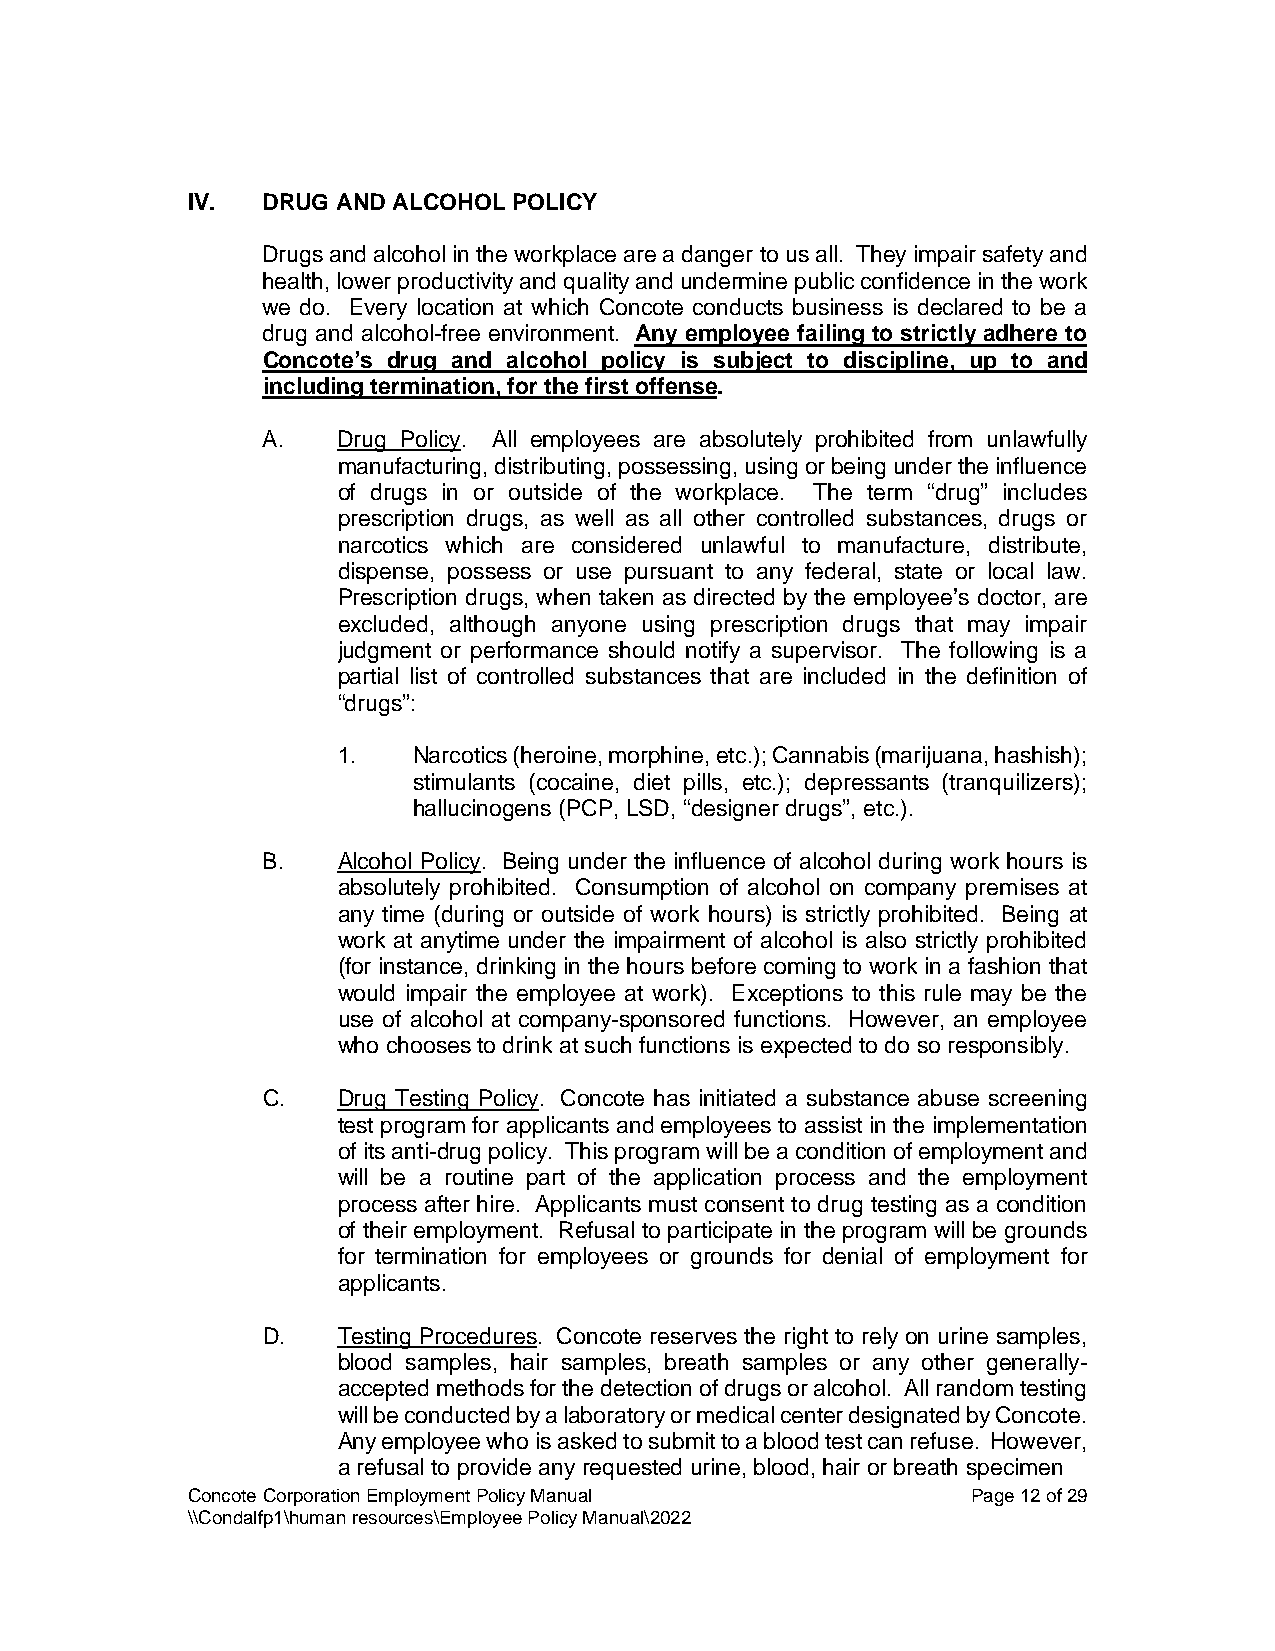
IV.  DRUG AND ALCOHOL POLICY
 Drugs and alcohol in the workplace are a danger to us all. They impair safety and
 health, lower productivity and quality and undermine public confidence in the work
 we do. Every location at which Concote conducts business is declared to be a
 drug and alcohol-free environment. Any employee failing to strictly adhere to
 Concote’s drug and alcohol policy is subject to discipline, up to and
 including termination, for the first offense.
 A.   Drug Policy. All employees are absolutely prohibited from unlawfully
 manufacturing, distributing, possessing, using or being under the influence
 of drugs in or outside of the workplace. The term “drug” includes
 prescription drugs, as well as all other controlled substances, drugs or
 narcotics which are considered unlawful to manufacture, distribute,
 dispense, possess or use pursuant to any federal, state or local law.
 Prescription drugs, when taken as directed by the employee’s doctor, are
 excluded, although anyone using prescription drugs that may impair
 judgment or performance should notify a supervisor. The following is a
 partial list of controlled substances that are included in the definition of
 “drugs”:
 1.   Narcotics (heroine, morphine, etc.); Cannabis (marijuana, hashish);
 stimulants (cocaine, diet pills, etc.); depressants (tranquilizers);
 hallucinogens (PCP, LSD, “designer drugs”, etc.).
 B.   Alcohol Policy. Being under the influence of alcohol during work hours is
 absolutely prohibited. Consumption of alcohol on company premises at
 any time (during or outside of work hours) is strictly prohibited. Being at
 work at anytime under the impairment of alcohol is also strictly prohibited
 (for instance, drinking in the hours before coming to work in a fashion that
 would impair the employee at work). Exceptions to this rule may be the
 use of alcohol at company-sponsored functions. However, an employee
 who chooses to drink at such functions is expected to do so responsibly.
 C.   Drug Testing Policy. Concote has initiated a substance abuse screening
 test program for applicants and employees to assist in the implementation
 of its anti-drug policy. This program will be a condition of employment and
 will be a routine part of the application process and the employment
 process after hire. Applicants must consent to drug testing as a condition
 of their employment. Refusal to participate in the program will be grounds
 for termination for employees or grounds for denial of employment for
 applicants.
 D.   Testing Procedures. Concote reserves the right to rely on urine samples,
 blood samples, hair samples, breath samples or any other generally-
 accepted methods for the detection of drugs or alcohol. All random testing
 will be conducted by a laboratory or medical center designated by Concote.
 Any employee who is asked to submit to a blood test can refuse. However,
 a refusal to provide any requested urine, blood, hair or breath specimen
 Concote Corporation Employment Policy Manual        Page 12 of 29
 \\Condalfp1\human resources\Employee Policy Manual\2022